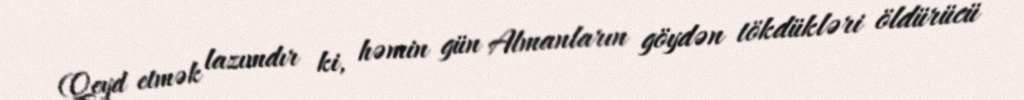
(Qeyd etmək lazımdır ki, həmin gün Almanların göydən tökdükləri öldürücü